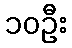
၁၀ဦး